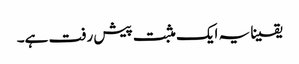
یقینا یہ ایک مثبت پیش رفت ہے۔